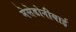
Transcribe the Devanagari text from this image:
मेसेडोनीयाई